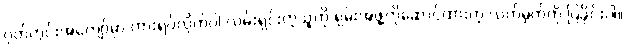
ဂုတ်တွင်းအကျော်မှာ ကားရပ်လိုက်ပါ လမ်းရှင်းတဲ့သုူကို ရှမ်းအဖွဲ့ကိုဆောင်ထားတဲ့ လက်မှတ်ကို ပြခိုင်းပါ။